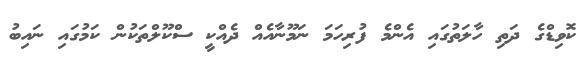
ކޮވިޑްގެ ދަތި ހާލަތުގައި އެންމެ ފުރިހަމަ ނަމޫނާއެއް ދެއްކީ ސްކޫލްތަކުން ކަމުގައި ނައިބު